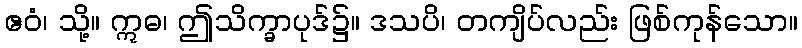
ဧဝံ၊ သို့။ ဣဓ၊ ဤသိက္ခာပုဒ်၌။ ဒသပိ၊ တကျိပ်လည်း ဖြစ်ကုန်သော။